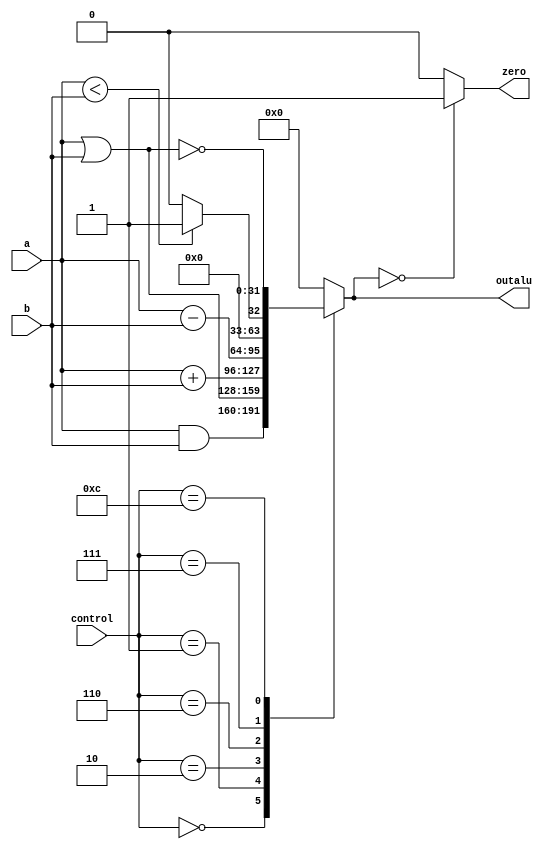
module alu_mips(a, b, control, outalu, zero);
input [31:0] a, b;
input [3:0] control;
output reg [31:0] outalu;
output zero;

always@(control, a, b)
begin
	case(control)
		0 : outalu=a&b; // and
		1 : outalu= a|b; // or
		2 : outalu=a+b; // add
		6 : outalu=a-b; // sub
		7 : outalu=a<b?1:0; // set on less than
		12 : outalu=~(a|b); //nor
		default : outalu=0;
	endcase
end

assign zero=outalu==0?1:0;

endmodule